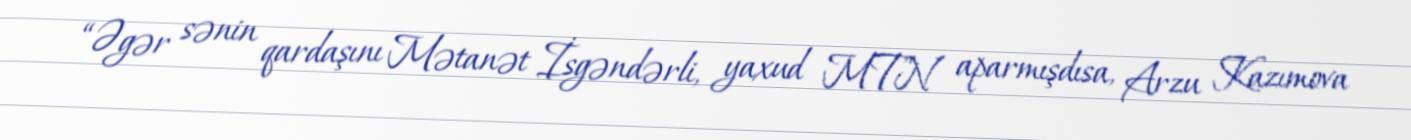
“Əgər sənin qardaşını Mətanət İsgəndərli, yaxud MTN aparmışdısa, Arzu Kazımova